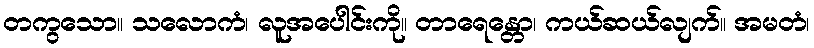
တကွသော။ သလောကံ၊ လူအပေါင်းကို။ တာရေန္တော၊ ကယ်ဆယ်လျက်။ အမတံ၊